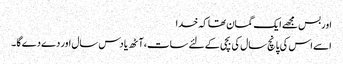
اور بس مجھے ایک گمان تھا کہ خدا
اسے اس کی پانچ سال کی بچی کے لئے سات ،آٹھ یا دس سال اور دے دے گا ۔